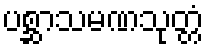
ပစ္ဆာသမဏသုတ္တံ